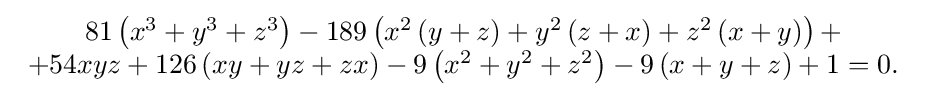
{\begin{array}{c}81\left(x^{3}+y^{3}+z^{3}\right)-189\left(x^{2}\left(y+z\right)+y^{2}\left(z+x\right)+z^{2}\left(x+y\right)\right)+\\+54xyz+126\left(xy+yz+zx\right)-9\left(x^{2}+y^{2}+z^{2}\right)-9\left(x+y+z\right)+1=0.\end{array}}